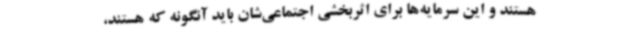
هستند و این سرمایه‌ها برای اثربخشی اجتماعی‌شان باید آنگونه که هستند،